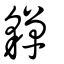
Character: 貚